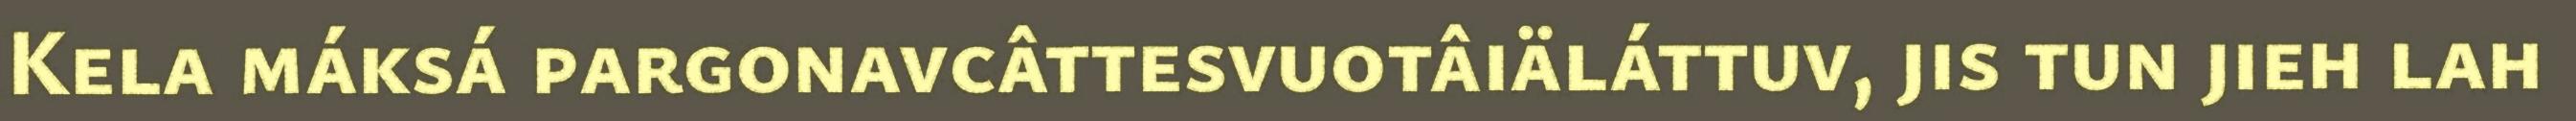
Kela máksá pargonavcâttesvuotâiäláttuv, jis tun jieh lah